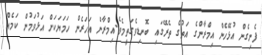
ފެނިގެން އުޅޭހެން އިމްރާންގެ އަތުގެ ތެރޭގައި ބޮނޑިވެގަތީމެވެ.އިމްރާން އަހަރެން ހަމަޔަކަށް އަޅުވަމުން ކަމެއް